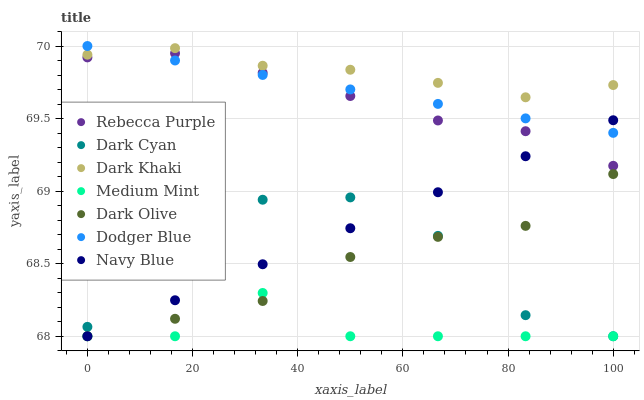
| xaxis_label | Rebecca Purple | Dark Cyan | Dark Khaki | Medium Mint | Dark Olive | Dodger Blue | Navy Blue |
 | --- | --- | --- | --- | --- | --- | --- | --- |
 | 0 | 69.9 | 68.1 | 69.9 | 68 | 68 | 70 | 68 |
 | 16.7 | 69.9 | 68.6 | 70 | 68 | 68.1 | 69.9 | 68.2 |
 | 33.3 | 69.8 | 68.9 | 69.9 | 68.3 | 68.2 | 69.8 | 68.5 |
 | 50 | 69.7 | 69 | 69.8 | 68 | 68.5 | 69.7 | 68.7 |
 | 66.7 | 69.5 | 68.7 | 69.7 | 68 | 68.7 | 69.6 | 69 |
 | 83.3 | 69.4 | 68.1 | 69.6 | 68 | 68.8 | 69.5 | 69.2 |
 | 100 | 69.2 | 68 | 69.7 | 68 | 69.1 | 69.4 | 69.5 |